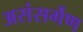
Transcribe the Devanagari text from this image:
असंसर्गेण